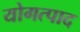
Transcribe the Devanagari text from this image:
योगत्पाद